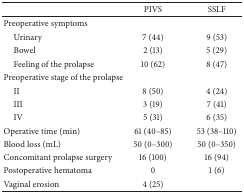
|  | PIVS | SSLF |
 | --- | --- | --- |
 | Preoperative symptoms |  |  |
 | Urinary | 7 (44) | 9 (53) |
 | Bowel | 2 (13) | 5 (29) |
 | Feeling of the prolapse | 10 (62) | 8 (47) |
 | Preoperative stage of the prolapse |  |  |
 | II | 8 (50) | 4 (24) |
 | III | 3 (19) | 7 (41) |
 | IV | 5 (31) | 6 (35) |
 | Operative time (min) | 61 (40–85) | 53 (38–110) |
 | Blood loss (mL) | 50 (0–300) | 50 (0–350) |
 | Concomitant prolapse surgery | 16 (100) | 16 (94) |
 | Postoperative hematoma | 0 | 1 (6) |
 | Vaginal erosion | 4 (25) |  |